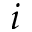
i